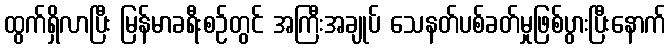
ထွက်ရှိလာပြီး မြန်မာခရီးစဉ်တွင် အကြီးအချုပ် သေနတ်ပစ်ခတ်မှုဖြစ်ပွားပြီးနောက်